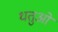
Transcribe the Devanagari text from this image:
धतुओं